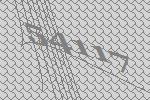
54117